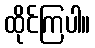
ထိုင်ကြပါ။